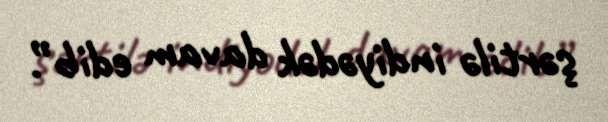
şərtilə indiyədək davam edib”.